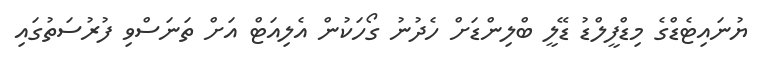
ޔުނައިޓެޑްގެ މިޑްފީލްޑު ޑޭލީ ބްލިންޑަށް ހެދުނު ގޯހަކުން އެލިއަޓް އަށް ތަނަސްވި ފުރުސަތުގައި